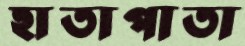
হাতাপাতা